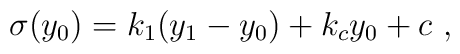
\sigma (y_0) = k_1 ( y_1 -y_0 ) + k_c y_0 + c~,~\,